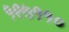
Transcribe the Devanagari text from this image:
१९७११०